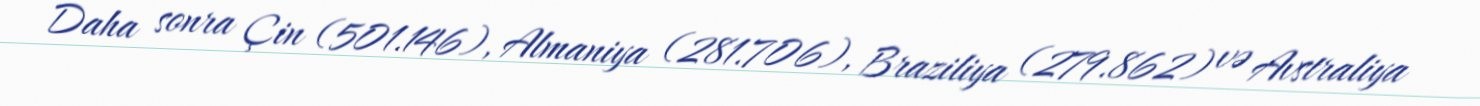
Daha sonra Çin (501.146), Almaniya (281.706), Braziliya (279.862) və Avstraliya